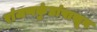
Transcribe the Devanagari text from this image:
रांजणकुंडांपासून